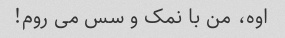
اوه، من با نمک و سس می روم!